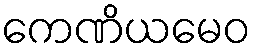
ကေဏိယမေဝ